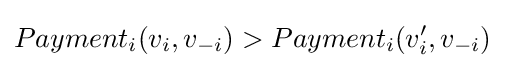
Payment_{i}(v_{i},v_{-i})>Payment_{i}(v_{i}',v_{-i})